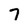
Character: 7